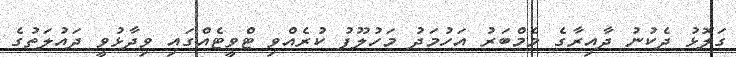
ގަލޮޅު ދެކުނު ދާއިރާގެ މެމްބަރު އަހުމަދު މަހުލޫފު ކުރެއްވި ޓްވީޓެއްގައި ވިދާޅުވީ ދައުލަތުގެ